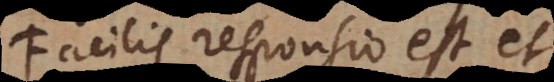
Facilis responsio est et